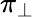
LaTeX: \pi_{\perp}